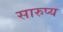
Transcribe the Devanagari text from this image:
सारुप्य